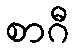
စာဂီ